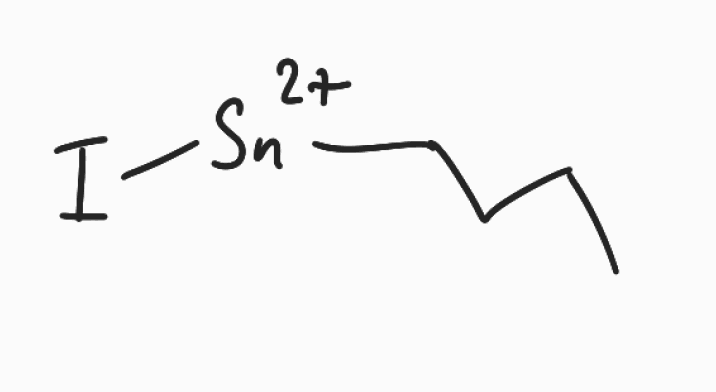
Simplified molecular-input line-entry system (SMILES) notation of the given molecule:
CCCC[Sn+2]I